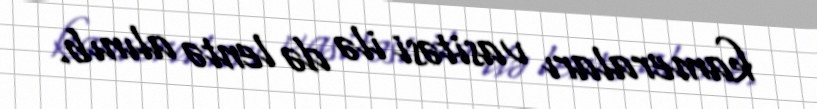
kameraları vasitəsi ilə də lentə alınıb.